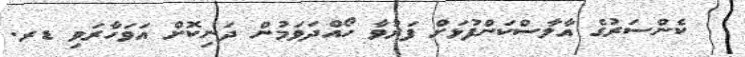
ކެންސަރުގެ އާލާސްކަންފުޅަށް ފަރުވާ ހޯއްދަވަމުން ދަނިކޮށް އަވަހާރަވި ޑރ.